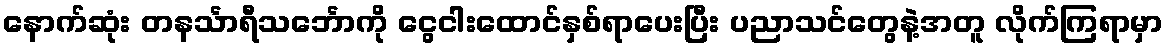
နောက်ဆုံး တနင်္သာရီသင်္ဘောကို ငွေငါးထောင်နှစ်ရာပေးပြီး ပညာသင်တွေနဲ့အတူ လိုက်ကြရာမှာ